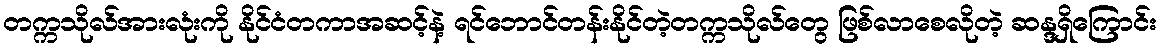
တက္ကသိုလ်အားလုံးကို နိုင်ငံတကာအဆင့်နဲ့ ရင်ဘောင်တန်းနိုင်တဲ့တက္ကသိုလ်တွေ ဖြစ်လာစေလိုတဲ့ ဆန္ဒရှိကြောင်း